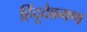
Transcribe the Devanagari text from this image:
हिंदूदेवगण